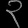
Digit: ၃